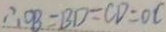
\therefore O B = B D = C D = O C